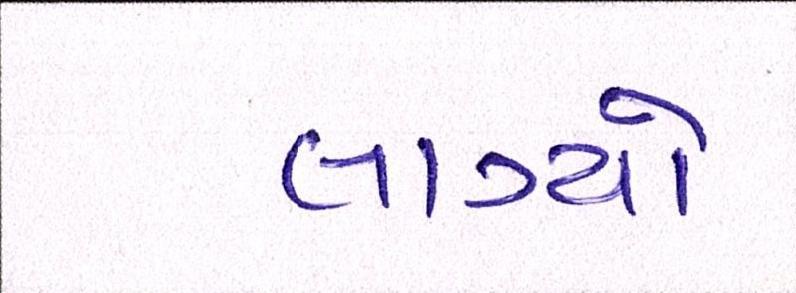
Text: લાગ્યો